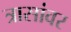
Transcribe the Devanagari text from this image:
त्रासांवर